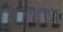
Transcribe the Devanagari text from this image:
ग्रैनुलोसस